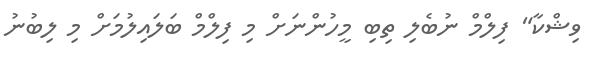
ވިޝްކާ" ފިލްމް ނުބެލި ތިބި މީހުންނަށް މި ފިލްމް ބަލައިލުމަށް މި ލިބުނު